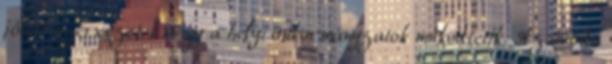
jóléti szervezetek vagy a helyi önkormányzatok működtetik. Az óvoda